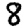
Digit: 8